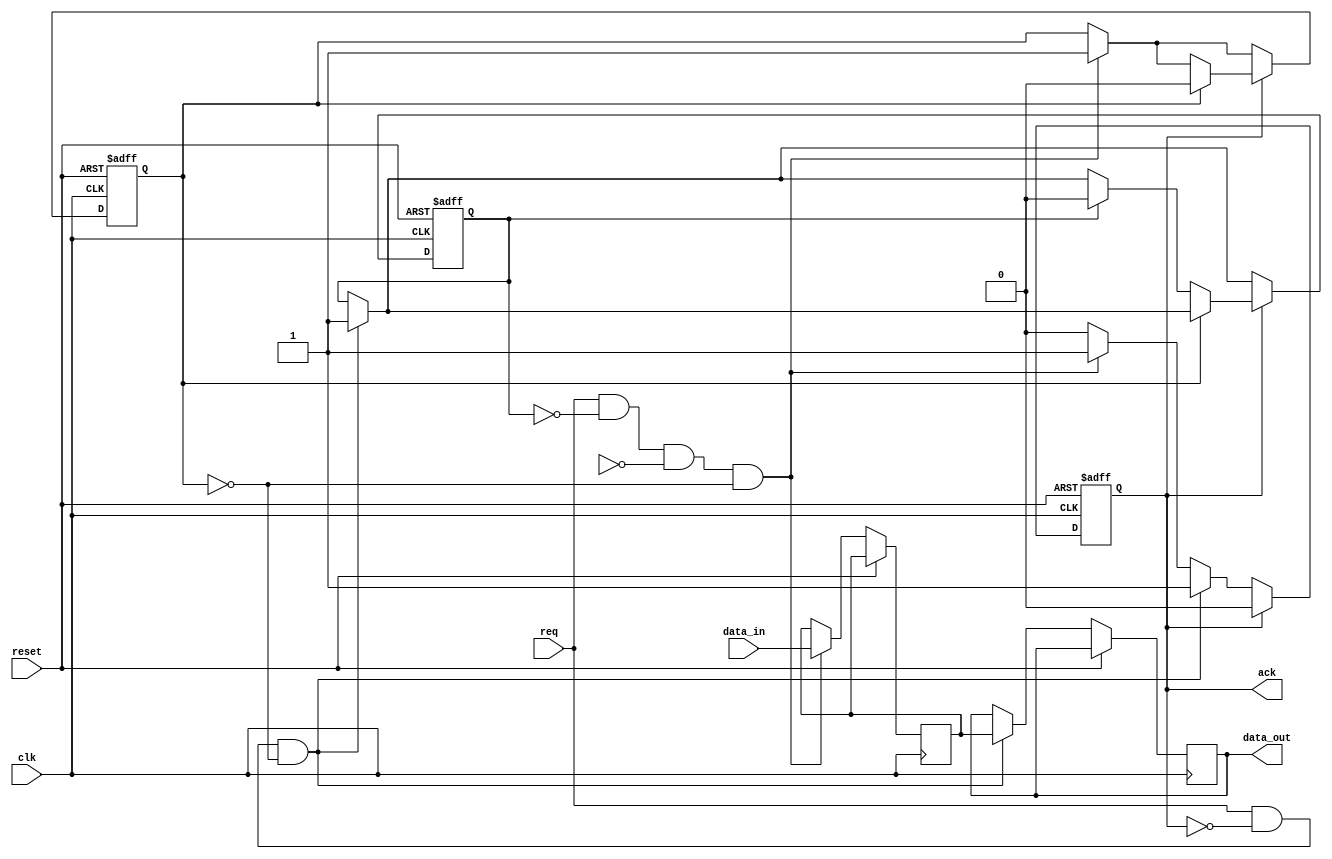
module AsyncHandshakeMemory (
    input wire clk,                 // System clock for reset synchronization
    input wire reset,               // Reset signal
    input wire req,                 // Request signal from controller
    input wire [7:0] data_in,       // Data input from controller (for write operations)
    output reg ack,                 // Acknowledge signal from memory block
    output reg [7:0] data_out       // Data output to controller (for read operations)
);

    reg [7:0] memory [0:255];       // Simple memory block (256 x 8-bit)
    reg reading, writing;            // State flags

    // State management for read and write operations
    always @(posedge clk or posedge reset) begin
        if (reset) begin
            ack <= 0;
            reading <= 0;
            writing <= 0;
        end else begin
            // Write Operation
            if (req && !reading && !Ack && !writing) begin
                memory[0] <= data_in;  // Example: writing to address 0
                writing <= 1;           // Set writing flag
                ack <= 1;               // Assert ack signal
            end
            
            // Read Operation
            if (req && !ack && !writing) begin
                data_out <= memory[0];  // Example: reading from address 0
                reading <= 1;            // Set reading flag
                ack <= 1;                // Assert ack signal
            end

            // Acknowledge handling
            if (ack) begin
                if (writing) begin
                    writing <= 0;        // Clear writing flag
                end else if (reading) begin
                    reading <= 0;       // Clear reading flag
                end
                ack <= 0;                // Deassert ack signal after operation
            end
        end
    end

endmodule